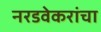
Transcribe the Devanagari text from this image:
नरडवेकरांचा